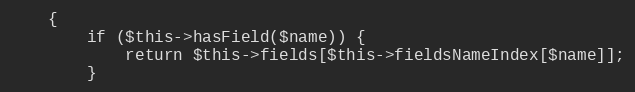
Language: PHP
    {
        if ($this->hasField($name)) {
            return $this->fields[$this->fieldsNameIndex[$name]];
        }